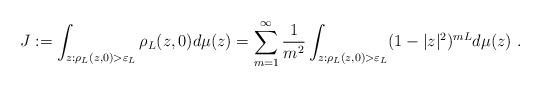
LaTeX: \begin{align*} J:=\int_{z: \rho_L(z,0)>\varepsilon_L} \rho_L(z,0) d\mu(z)=\sum_{m=1}^\infty\frac 1{m^2} \int_{z: \rho_L(z,0)>\varepsilon_L} (1-|z|^2)^{mL} d\mu(z)\ .\end{align*}